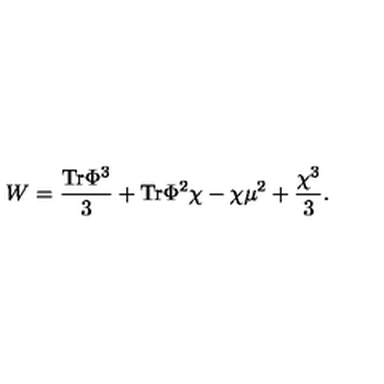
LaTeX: W = { \frac { \mathrm { T r } \Phi ^ { 3 } } { 3 } } + \mathrm { T r } \Phi ^ { 2 } \chi - \chi \mu ^ { 2 } + { \frac { \chi ^ { 3 } } { 3 } } .